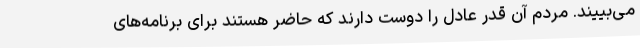
می‌بییند. مردم آن قدر عادل را دوست دارند که حاضر هستند برای برنامه‌های